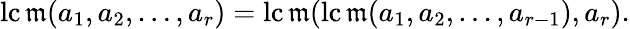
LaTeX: \operatorname{lc\mathfrak{m}}(a_{1},a_{2},\ldots,a_{r})=\operatorname{lc\mathfrak{m}}(\operatorname{lc\mathfrak{m}}(a_{1},a_{2},\ldots,a_{r-1}),a_{r}).